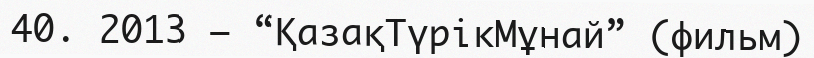
40. 2013 — “ҚазақТүрікМұнай” (фильм)